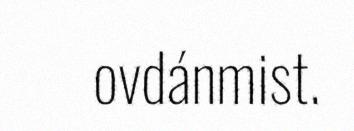
ovdánmist.